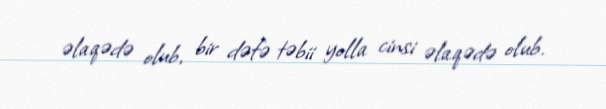
əlaqədə olub, bir dəfə təbii yolla cinsi əlaqədə olub.